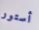
أستور